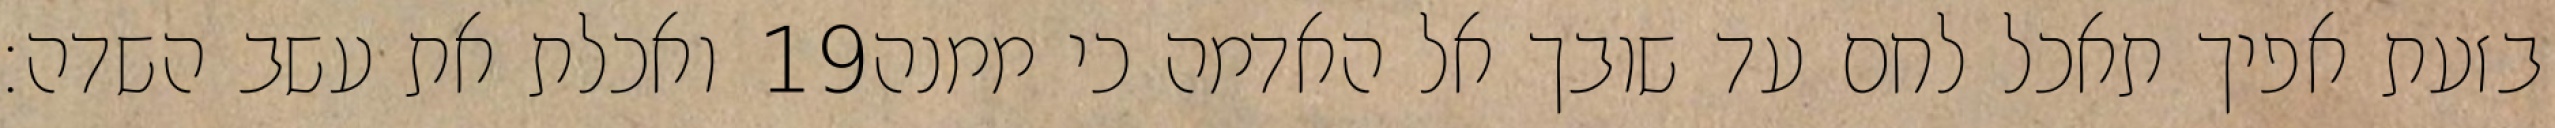
ואכלת את עשב השדה׃ ‎19‏ בזעת אפיך תאכל לחם עד שובך אל האדמה כי ממנה